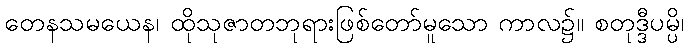
တေနသမယေန၊ ထိုသုဇာတဘုရားဖြစ်တော်မူသော ကာလ၌။ စတုဒ္ဒီပမ္ပိ၊